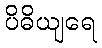
ပိဓိယျရေ